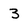
Character: 3